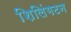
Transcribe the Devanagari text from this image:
शिलिंगटन